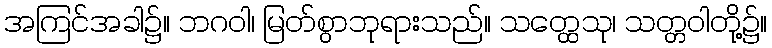
အကြင်အခါ၌။ ဘဂဝါ၊ မြတ်စွာဘုရားသည်။ သတ္ထေသု၊ သတ္တဝါတို့၌။